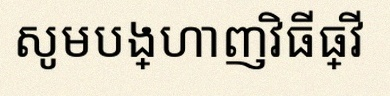
សូមបង្ហាញវិធីធ្វើ